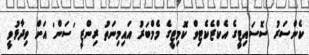
ކެންސަރު ސޮސައިޓީގެ އެކްޒެކެޓިވް ކޮމިޓީގެ މެމްބަރު އައިމިނަތު ރިންޒީ 'ސަން' އަށް ވިދާޅުވީ